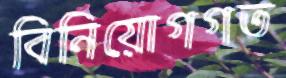
বিনিয়োগগত